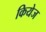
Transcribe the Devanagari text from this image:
कियेज